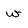
Character: w